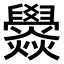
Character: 𤓟